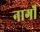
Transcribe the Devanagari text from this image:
नार्गों